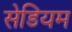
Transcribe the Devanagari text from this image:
सेडियम